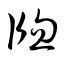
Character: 牕